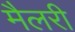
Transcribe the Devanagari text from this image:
मैलरी